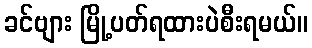
ခင်ဗျား မြို့ပတ်ရထားပဲစီးရမယ်။